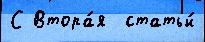
С Втора́я  статьи́